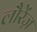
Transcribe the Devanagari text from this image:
लौरेंज़